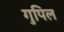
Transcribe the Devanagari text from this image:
गुपिल